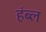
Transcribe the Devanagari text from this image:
हंब्ल